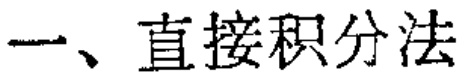
一、直接积分法